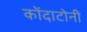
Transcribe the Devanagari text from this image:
कोंदाटोनी